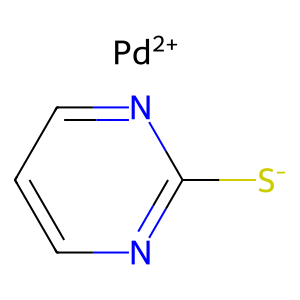
SMILES: [Pd+2].[S-]c1ncccn1
Inhibits HIV replication: No